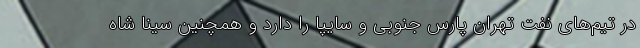
در تیم‌های نفت تهران پارس جنوبی و سایپا را دارد و همچنین سینا شاه